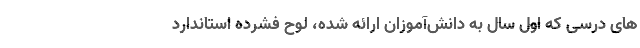
های درسی که اول سال به دانش‌آموزان ارائه شده، لوح فشرده استاندارد